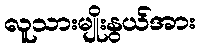
လူသားမျိုးနွယ်အား